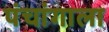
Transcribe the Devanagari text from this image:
पंचांगाला